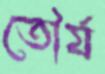
তৌর্য